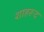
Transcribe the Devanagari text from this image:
शाहरूद